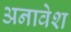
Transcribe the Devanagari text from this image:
अनावेश